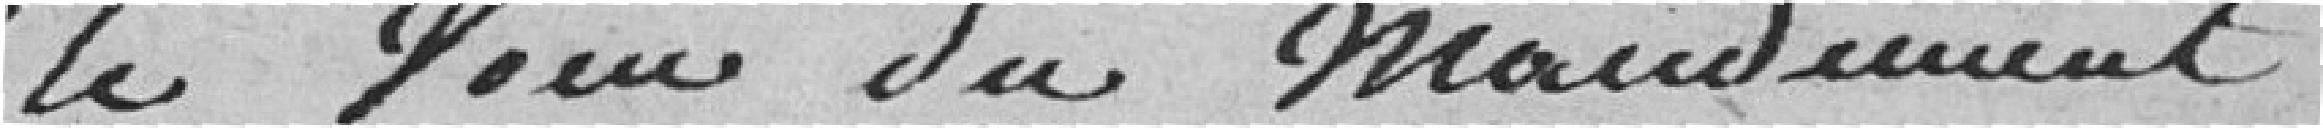
le voeu du mandemant.